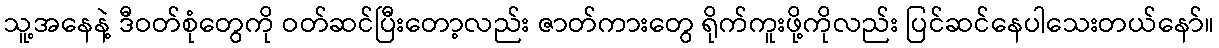
သူ့အနေနဲ့ ဒီဝတ်စုံတွေကို ဝတ်ဆင်ပြီးတော့လည်း ဇာတ်ကားတွေ ရိုက်ကူးဖို့ကိုလည်း ပြင်ဆင်နေပါသေးတယ်နော်။